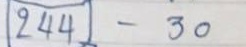
244 - 30